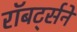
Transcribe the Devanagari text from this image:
रॉबर्ट्सने